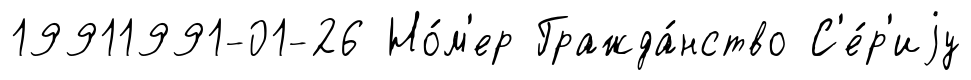
19911991-01-26 Но́м'ер Гражда́нство С'е́р'иjу